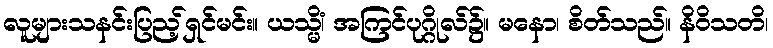
လူများသနင်းပြည့်ရှင်မင်း။ ယသ္မိံ၊ အကြင်ပုဂ္ဂိုလ်၌။ မနော၊ စိတ်သည်။ နိဝိသတိ၊